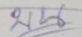
บน